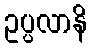
ဥပ္ပလာနိ